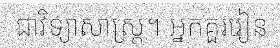
ជាវិទ្យាសាស្ត្រ។ អ្នកគួររៀន